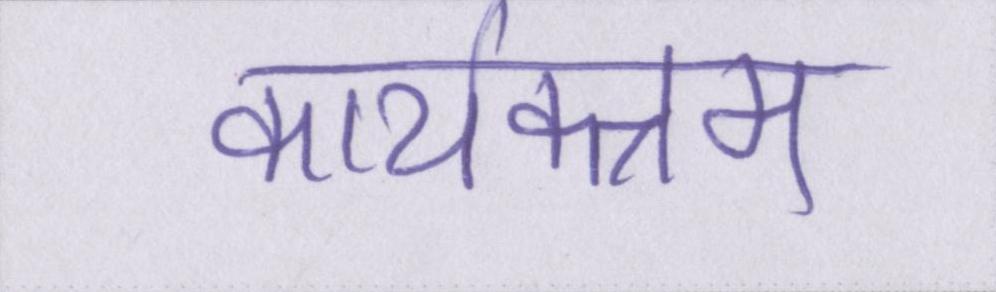
कार्यक्त्रम